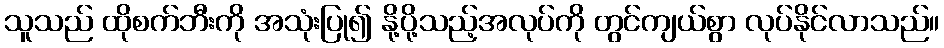
သူသည် ထိုစက်ဘီးကို အသုံးပြု၍ နို့ပို့သည့်အလုပ်ကို တွင်ကျယ်စွာ လုပ်နိုင်လာသည်။